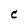
Character: C